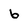
Character: 6